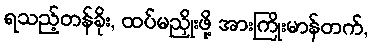
ရသည့်တန်ခိုး, ထပ်မညှိုးဖို့ အားကြိုးမာန်တက်,